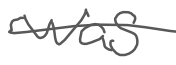
Text: was
Cross-out: single-line
Writing tool: digital_gray